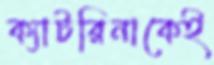
ক্যাটরিনাকেই